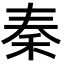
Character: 秦